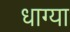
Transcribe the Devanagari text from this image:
धाग्या